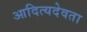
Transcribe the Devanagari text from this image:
आदित्यदेवता